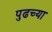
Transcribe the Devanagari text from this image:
पुढच्‍या